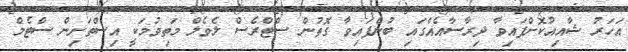
އަހަރު ޝާއިއުކޮށްފައިވާ ދިރާސާއެއްގައި ބުނެފައިވާ ގޮތުން ސްޓްރެސް ލެވެލް މަތިވުމަކީ އިސްތަށިން ސްޓެމް